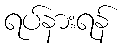
ရပ်နားရန်